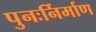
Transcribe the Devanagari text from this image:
पुनःर्निर्माण